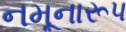
નમૂનારૂપ